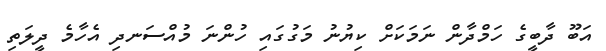
އަބޫ ދާބީގެ ހަމްދާން ނަމަކަށް ކިޔުނު މަގުގައި ހުންނަ މުއްސަނދި އެހާމެ ދީލަތި